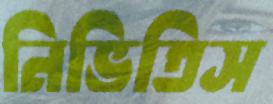
নিভিতিস